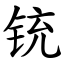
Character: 铳